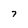
Character: 7